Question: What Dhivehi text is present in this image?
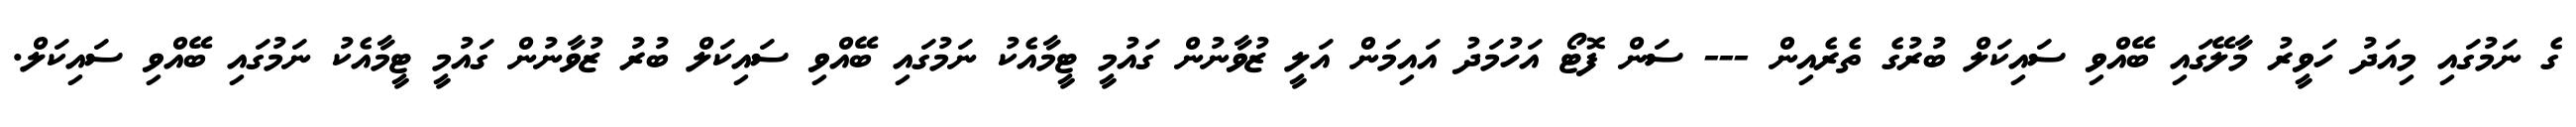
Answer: ގެ ނަމުގައި މިއަދު ހަވީރު މާލޭގައި ބޭއްވި ސައިކަލް ބުރުގެ ތެރެއިން --- ސަން ފޮޓޯ އަހުމަދު އައިމަން އަލީ ޒުވާނުން ގައުމީ ޓީމާއެކު ނަމުގައި ބޭއްވި ސައިކަލް ބުރު ޒުވާނުން ގައުމީ ޓީމާއެކު ނަމުގައި ބޭއްވި ސައިކަލް.